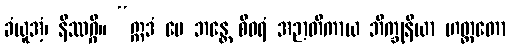
ခံယူအံ့၊ နိဿဂ္ဂိ။ “ဣဒံ မေ ဘန္တေ စီဝရံ အဉာတိကာယ ဘိက္ခုနိယာ ဟတ္တတော